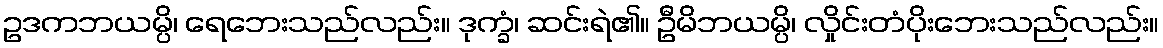
ဥဒကဘယမ္ပိ၊ ရေဘေးသည်လည်း။ ဒုက္ခံ၊ ဆင်းရဲ၏။ ဦမိဘယမ္ပိ၊ လှိုင်းတံပိုးဘေးသည်လည်း။